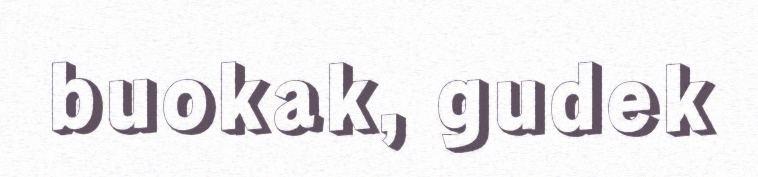
buokak, gudek